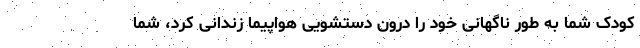
کودک شما به طور ناگهانی خود را درون دستشویی هواپیما زندانی کرد، شما